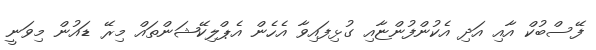
ފޭސްބުކް އާއި އަދި އެކުންފުންޏާއި ގުޅިފައިވާ އެހެން އެޕްލިކޭޝަންތައް މިރޭ ޑައުން މިވަނީ